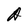
Character: A